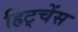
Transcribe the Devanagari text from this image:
हिट्चेंस